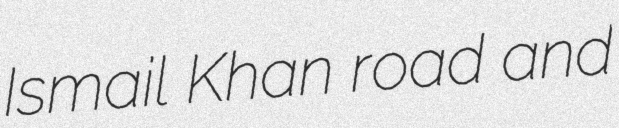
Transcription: Ismail Khan road and